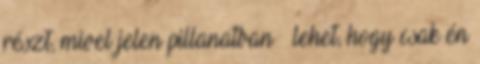
részt, mivel jelen pillanatban – lehet, hogy csak én